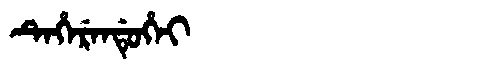
Manchu: ᡨᡝᡥᡝᡵᡝᠨᡩᡠᡥᡝᡳ
Romanization: TEHERENDUHEI